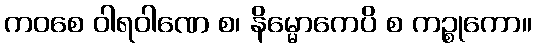
ကဝစေ ဝါရဝါဏေ စ၊ နိမ္မောကေပိ စ ကဉ္စုကော။